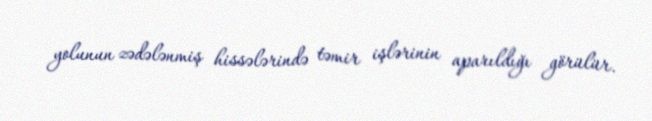
yolunun zədələnmiş hissələrində təmir işlərinin aparıldığı görülür.